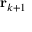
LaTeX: \mathbf { r } _ { k + 1 }